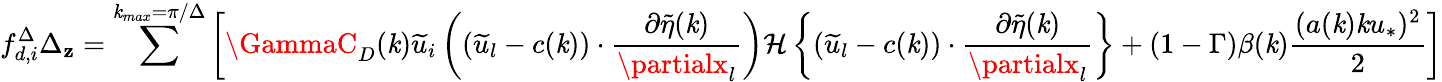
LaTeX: {f_{d,i}^{\Delta}}\Delta_{\mathbf{z}}=\sum^{\mathit{k}_{max}=\pi/\Delta}\left[\GammaC_{D}(\mathit{k})\widetilde{{u}}_{i}\left((\widetilde{{u}}_{l}-c(\mathit{k}))\cdot\frac{{\partial\widetilde{{\eta}}(\mathit{k})}}{{\partialx_{l}}}\right){\mathcal{{H}}\left\{ (\widetilde{{u}}_{l}-c(\mathit{k}))\cdot\frac{{\partial\widetilde{{\eta}}(\mathit{k})}}{{\partialx_{l}}}\right\} }+(1-\Gamma)\beta(\mathit{k})\frac{{(a(\mathit{k})\mathit{k}u_{*})^{2}}}{{2}}\right]